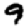
Digit: 9